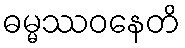
ဓမ္မဿဝနေတိ